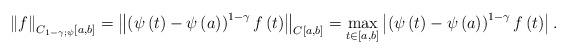
LaTeX: \begin{align*}\left\Vert f\right\Vert _{C_{1-\gamma ;\psi }\left[ a,b\right] }=\left\Vert\left( \psi \left( t\right) -\psi \left( a\right) \right) ^{1-\gamma}f\left(t\right) \right\Vert _{C\left[ a,b\right] }=\underset{t\in \left[ a,b\right] }{\max }\left\vert \left( \psi \left( t\right) -\psi \left( a\right) \right)^{1-\gamma }f\left( t\right) \right\vert.\end{align*}